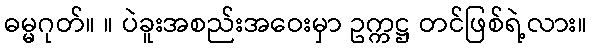
ဓမ္မဂုတ်။ ။ ပဲခူးအစည်းအဝေးမှာ ဥက္ကဋ္ဌ တင်ဖြစ်ရဲ့လား။